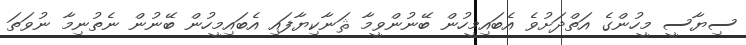
ސިޔާސީ މީހުންގެ އަތްދަށުވެ އެބައިމީހުން ބޭނުންވީމާ ޘަނާކިޔާފައި އެބައިމީހުން ބޭނުން ނެތުނިމާ ނުވަތަ